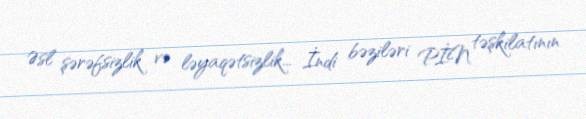
Əsl şərəfsizlik və ləyaqətsizlik... İndi bəziləri PİN təşkilatının